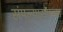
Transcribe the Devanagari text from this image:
संपल्यासंपल्या